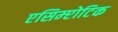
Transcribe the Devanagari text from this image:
एसिम्प्टोटिक